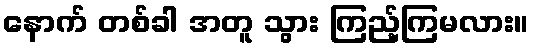
နောက် တစ်ခါ အတူ သွား ကြည့်ကြမလား။